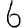
Digit: 6